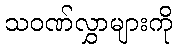
သဝဏ်လွှာများကို